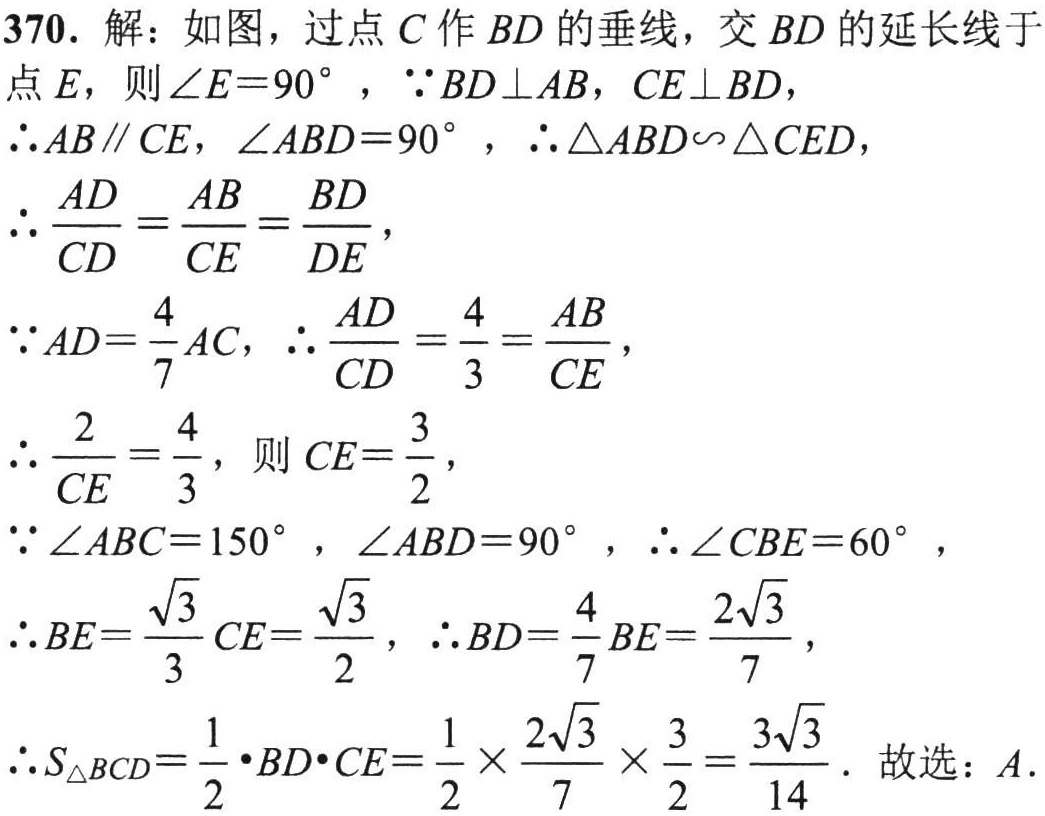
370. 解：如图，过点 \(C\) 作 \(BD\) 的垂线，交 \(BD\) 的延长线于点 \(E\)，则 \(\angle E = 90^{\circ}\)，\(\because BD\perp AB\)，\(CE\perp BD\)，

\(\therefore AB\parallel CE\)，\(\angle ABD = 90^{\circ}\)，\(\therefore \triangle ABD\sim\triangle CED\)，

\(\therefore \frac{AD}{CD}=\frac{AB}{CE}=\frac{BD}{DE}\)，

\(\because AD = \frac{4}{7}AC\)，\(\therefore \frac{AD}{CD}=\frac{4}{3}=\frac{AB}{CE}\)，

\(\therefore \frac{2}{CE}=\frac{4}{3}\)，则 \(CE=\frac{3}{2}\)，

\(\because \angle ABC = 150^{\circ}\)，\(\angle ABD = 90^{\circ}\)，\(\therefore \angle CBE = 60^{\circ}\)，

\(\therefore BE=\frac{\sqrt{3}}{3}CE=\frac{\sqrt{3}}{2}\)，\(\therefore BD=\frac{4}{7}BE=\frac{2\sqrt{3}}{7}\)，

\(\therefore S_{\triangle BCD}=\frac{1}{2}\cdot BD\cdot CE=\frac{1}{2}\times\frac{2\sqrt{3}}{7}\times\frac{3}{2}=\frac{3\sqrt{3}}{14}\)。故选：\(A\)。